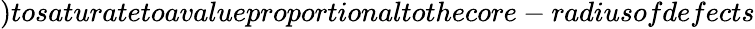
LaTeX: )tosaturatetoavalueproportionaltothecore-radiusofdefects